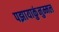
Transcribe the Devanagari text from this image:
पझायाकुंनुम्मल